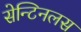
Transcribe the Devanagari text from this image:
सेन्टिनलस